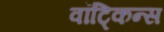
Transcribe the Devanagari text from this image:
वॉट्किन्स